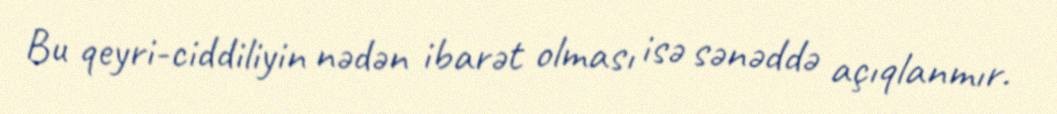
Bu qeyri-ciddiliyin nədən ibarət olması isə sənəddə açıqlanmır.